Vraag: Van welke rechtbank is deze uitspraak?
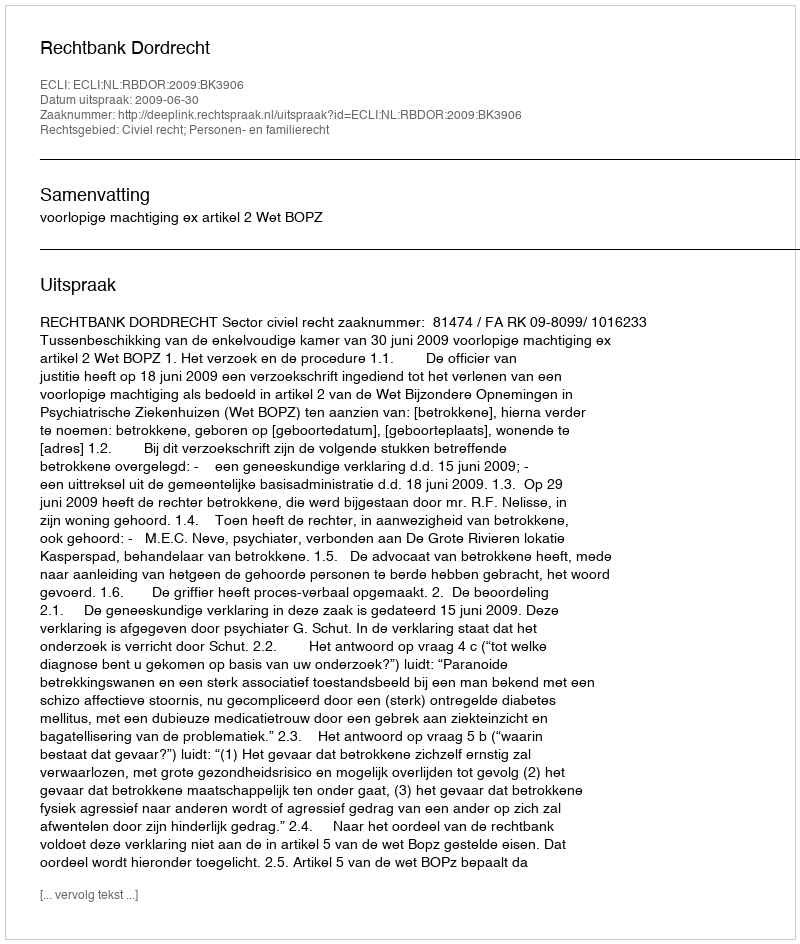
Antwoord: Rechtbank Dordrecht